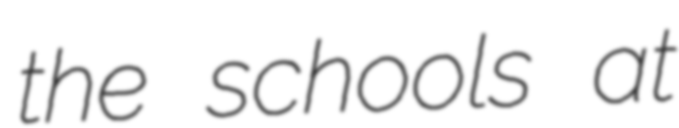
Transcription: the schools at